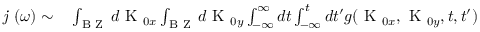
\begin{array} { r l } { \textit { j } ( \omega ) \sim } & { { } \int _ { \textrm { B Z } } d \textrm { K } _ { 0 x } \int _ { \textrm { B Z } } d \textrm { K } _ { 0 y } \int _ { - \infty } ^ { \infty } d t \int _ { - \infty } ^ { t } d t ^ { \prime } g ( \textrm { K } _ { 0 x } , \textrm { K } _ { 0 y } , t , t ^ { \prime } ) } \end{array}